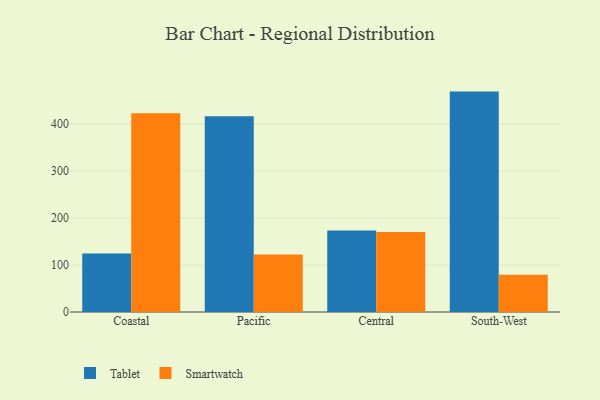
{"axis": {"x": "Region", "y": "Humidity (%)"}, "legend": ["Smartwatch", "Tablet"], "data": [{"x": "Coastal", "y": 124.6, "type": "Tablet"}, {"x": "Coastal", "y": 422.5, "type": "Smartwatch"}, {"x": "Pacific", "y": 416.5, "type": "Tablet"}, {"x": "Pacific", "y": 122.5, "type": "Smartwatch"}, {"x": "Central", "y": 173.3, "type": "Tablet"}, {"x": "Central", "y": 170.3, "type": "Smartwatch"}, {"x": "South-West", "y": 468.8, "type": "Tablet"}, {"x": "South-West", "y": 79.2, "type": "Smartwatch"}]}